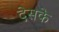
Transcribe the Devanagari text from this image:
देसके